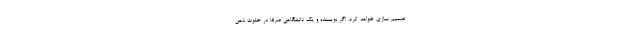
تصمیم سازی خواهد کرد. اگر نویسنده و یک دانشگاهی صرفاً در خلوتِ ذهن